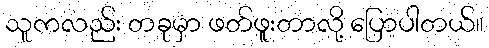
သူကလည်း တခုမှာ ဖတ်ဖူးတာလို့ ပြောပါတယ်။